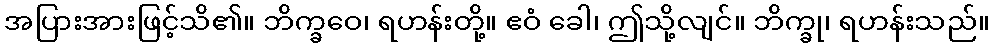
အပြားအားဖြင့်သိ၏။ ဘိက္ခဝေ၊ ရဟန်းတို့။ ဧဝံ ခေါ၊ ဤသို့လျင်။ ဘိက္ခု၊ ရဟန်းသည်။